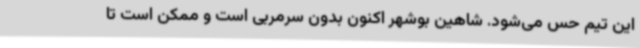
این تیم حس می‌شود. شاهین بوشهر اکنون بدون سرمربی است و ممکن است تا